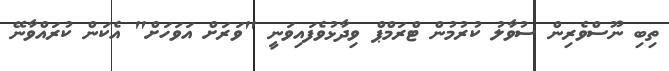
ތިބި ނޫސްވެރިން ސުވާލު ކުރުމުން ޓްރަމްޕް ވިދާޅުވެފައިވަނީ "ވަރަށް އަވަހަށް" އެކަން ކުރައްވާނޭ